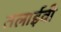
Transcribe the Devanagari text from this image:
तलाईवी